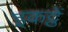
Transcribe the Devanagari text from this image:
इकट्ठें